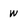
Character: w